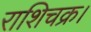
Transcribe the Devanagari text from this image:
राशिचक्र।